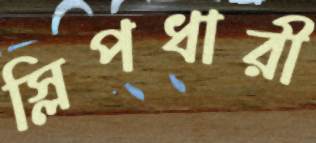
স্লিপধারী